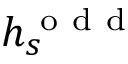
h _ { s } ^ { \mathrm { ~ o ~ d ~ d ~ } }